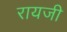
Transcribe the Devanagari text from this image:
रायजी